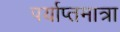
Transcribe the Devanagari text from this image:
पर्याप्तमात्रा